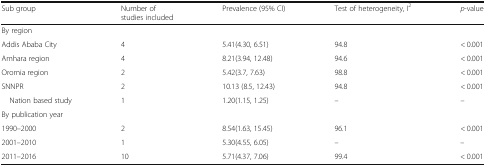
| Sub group | Number of studies included | Prevalence (95% CI) | Test of heterogeneity, I2 | p-value |
 | --- | --- | --- | --- | --- |
 | <COLSPAN=5> By region |
 | Addis Ababa City | 4 | 5.41(4.30, 6.51) | 94.8 | < 0.001 |
 | Amhara region | 4 | 8.21(3.94, 12.48) | 94.6 | < 0.001 |
 | Oromia region | 2 | 5.42(3.7, 7.63) | 98.8 | < 0.001 |
 | SNNPR | 2 | 10.13 (8.5, 12.43) | 94.8 | < 0.001 |
 | Nation based study | 1 | 1.20(1.15, 1.25) | – | – |
 | <COLSPAN=5> By publication year |
 | 1990–2000 | 2 | 8.54(1.63, 15.45) | 96.1 | < 0.001 |
 | 2001–2010 | 1 | 5.30(4.55, 6.05) | – | – |
 | 2011–2016 | 10 | 5.71(4.37, 7.06) | 99.4 | < 0.001 |